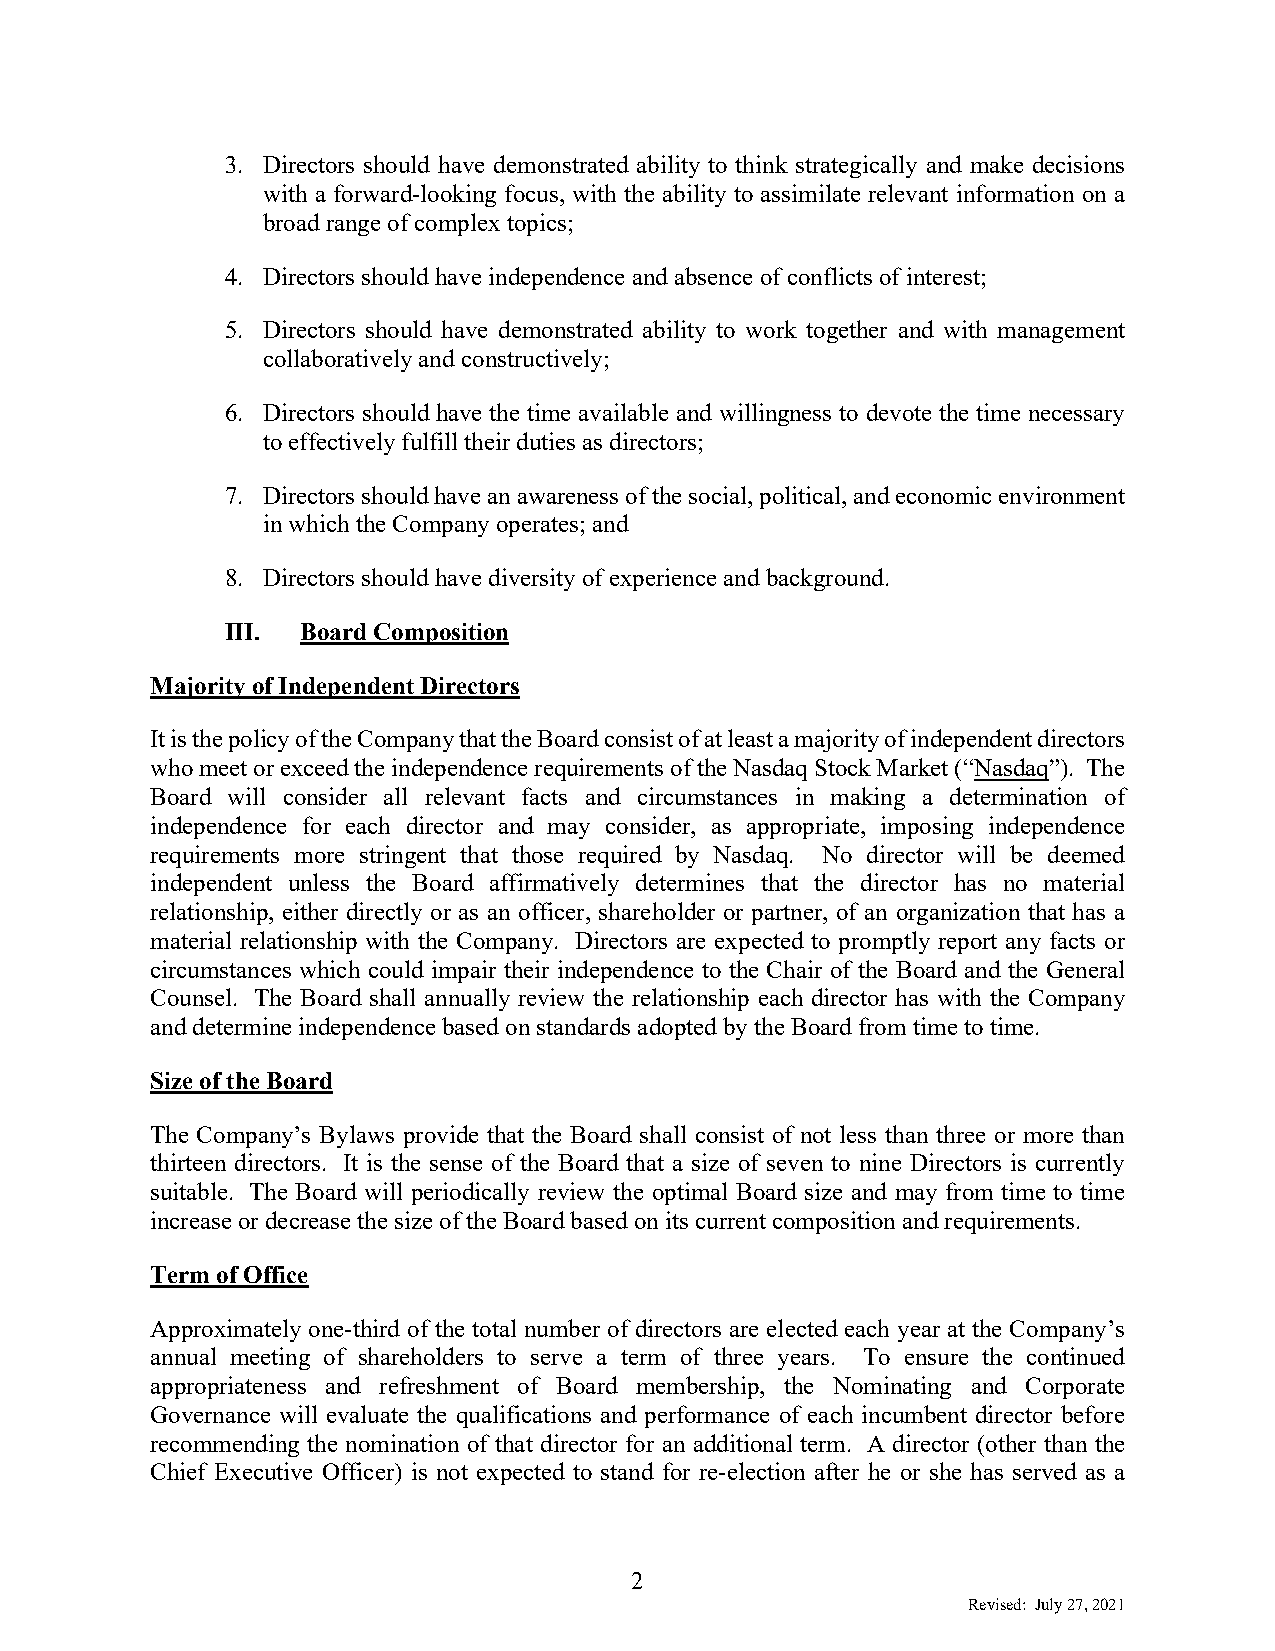
3. Directors should have demonstrated ability to think strategically and make decisions
 with a forward-looking focus, with the ability to assimilate relevant information on a
 broad range of complex topics;
 4. Directors should have independence and absence of conflicts of interest;
 5. Directors should have demonstrated ability to work together and with management
 collaboratively and constructively;
 6. Directors should have the time available and willingness to devote the time necessary
 to effectively fulfill their duties as directors;
 7. Directors should have an awareness of the social, political, and economic environment
 in which the Company operates; and
 8. Directors should have diversity of experience and background.
 III. Board Composition
 Majority of Independent Directors
 It is the policy of the Company that the Board consist of at least a majority of independent directors
 who meet or exceed the independence requirements of the Nasdaq Stock Market (“Nasdaq”). The
 Board will consider all relevant facts and circumstances in making a determination of
 independence for each director and may consider, as appropriate, imposing independence
 requirements more stringent that those required by Nasdaq. No director will be deemed
 independent unless the Board affirmatively determines that the director has no material
 relationship, either directly or as an officer, shareholder or partner, of an organization that has a
 material relationship with the Company. Directors are expected to promptly report any facts or
 circumstances which could impair their independence to the Chair of the Board and the General
 Counsel. The Board shall annually review the relationship each director has with the Company
 and determine independence based on standards adopted by the Board from time to time.
 Size of the Board
 The Company’s Bylaws provide that the Board shall consist of not less than three or more than
 thirteen directors. It is the sense of the Board that a size of seven to nine Directors is currently
 suitable. The Board will periodically review the optimal Board size and may from time to time
 increase or decrease the size of the Board based on its current composition and requirements.
 Term of Office
 Approximately one-third of the total number of directors are elected each year at the Company’s
 annual meeting of shareholders to serve a term of three years. To ensure the continued
 appropriateness and refreshment of Board membership, the Nominating and Corporate
 Governance will evaluate the qualifications and performance of each incumbent director before
 recommending the nomination of that director for an additional term. A director (other than the
 Chief Executive Officer) is not expected to stand for re-election after he or she has served as a
 2
 Revised: July 27, 2021